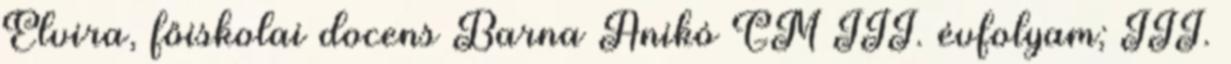
Elvira, főiskolai docens Barna Anikó GM III. évfolyam; III.